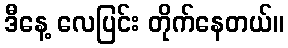
ဒီနေ့ လေပြင်း တိုက်နေတယ်။